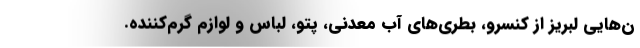
ن‌هايي لبريز از كنسرو، بطري‌هاي آب معدني، پتو، لباس و لوازم گرم‌كننده.